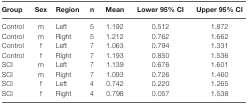
| Group | Sex | Region | n | Mean | Lower 95% CI | Upper 95% CI |
 | --- | --- | --- | --- | --- | --- | --- |
 | Control | m | Left | 5 | 1.192 | 0.512 | 1.872 |
 | Control | m | Right | 5 | 1.212 | 0.762 | 1.662 |
 | Control | f | Left | 7 | 1.063 | 0.794 | 1.331 |
 | Control | f | Right | 7 | 1.193 | 0.850 | 1.536 |
 | SCI | m | Left | 7 | 1.139 | 0.676 | 1.601 |
 | SCI | m | Right | 7 | 1.093 | 0.726 | 1.460 |
 | SCI | f | Left | 4 | 0.742 | 0.220 | 1.265 |
 | SCI | f | Right | 4 | 0.798 | 0.057 | 1.538 |